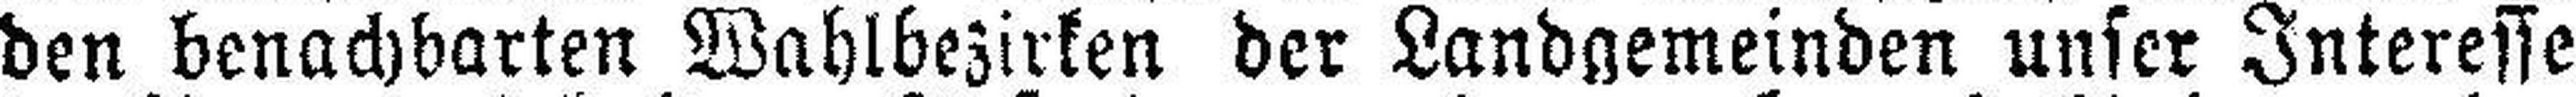
den benachbarten Wahlbezirken der Landgemeinden unser Interesse